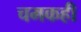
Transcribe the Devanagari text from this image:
चमकही